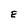
Character: E